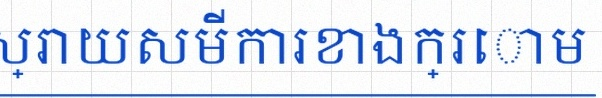
ដោះស្រាយសមីការខាងក្រោម